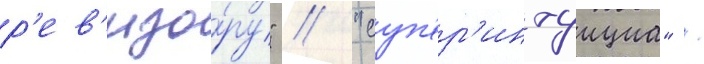
р'ев'изо́ру" / "суп'ер'интуициа" /